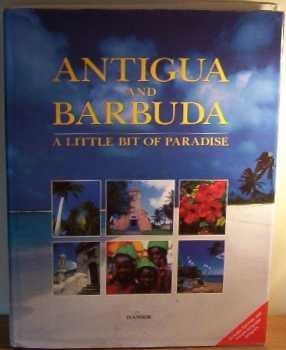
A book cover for Antigua and Barbuda: A Little Bit of Paradise; Arif Ali; Travel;